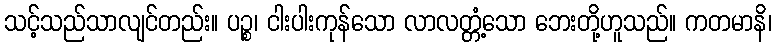
သင့်သည်သာလျင်တည်း။ ပဉ္စ၊ ငါးပါးကုန်သော လာလတ္တံ့သော ဘေးတို့ဟူသည်။ ကတမာနိ၊